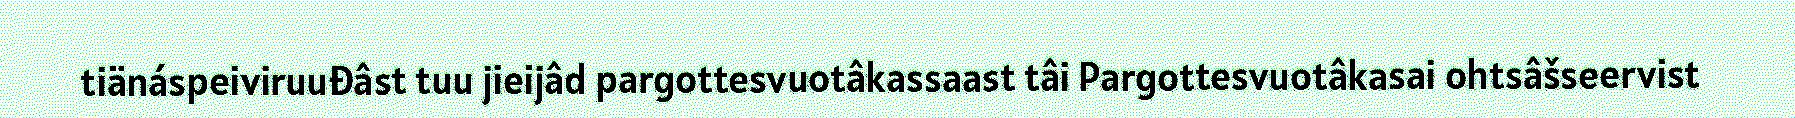
tiänáspeiviruuđâst tuu jieijâd pargottesvuotâkassaast tâi Pargottesvuotâkasai ohtsâšseervist